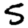
Digit: 5